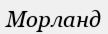
Морланд